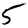
Digit: 5